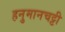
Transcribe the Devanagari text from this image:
हनुमानचट्टी